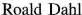
Roald Dahl